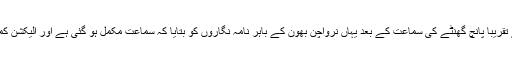
اکھلیش دھڑے کے وکیل کپل سبل نے تقریبا پانچ گھنٹے کی سماعت کے بعد یہاں نرواچن بھون کے باہر نامہ نگاروں کو بتایا کہ سماعت مکمل ہو گئی ہے اور الیکشن کمیشن نے اپنا فیصلہ محفوظ کر لیا ہے۔